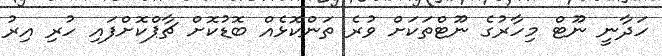
ހަދާނީ ނޫޓް މިހާރުގެ ނޫޓްތަކަށް ވުރެ ތަންކޮޅެއް ބޮޑުކޮށް ޗާޕްކޮށްފައި ހުރި އިރު